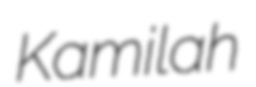
Kamilah